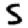
Digit: 5